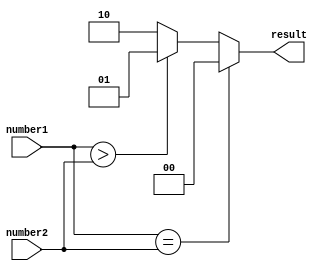
module fixed_point_comparator (
    input [7:0] number1,
    input [7:0] number2,
    output reg [1:0] result
);

always @(*) begin
    if (number1 == number2) begin
        result = 2'b00; // equal
    end else if (number1 > number2) begin
        result = 2'b01; // greater than
    end else begin
        result = 2'b10; // less than
    end
end

endmodule